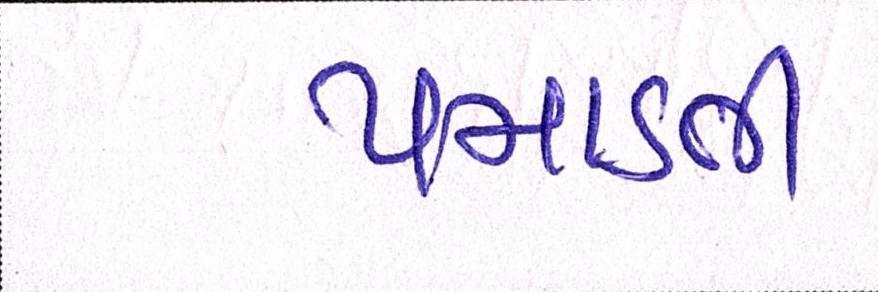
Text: પમાડતી